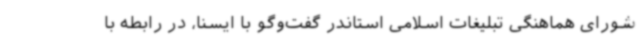
شورای هماهنگی تبلیغات اسلامی استاندر گفت‌وگو با ایسنا، در رابطه با